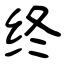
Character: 终